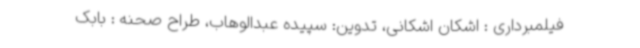
فیلمبرداری : اشکان اشکانی، تدوین: سپیده عبدالوهاب، طراح صحنه : بابک